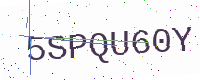
Text: 5SPQU60Y